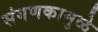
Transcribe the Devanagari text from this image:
संगणकामुळे